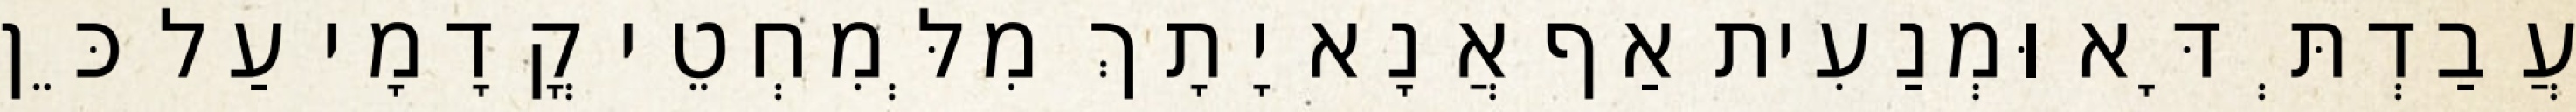
עֲבַדְתְּ דָּא וּמְנַעִית אַף אֲנָא יָתָךְ מִלְּמִחְטֵי קֳדָמָי עַל כֵּן